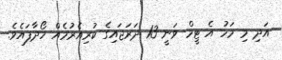
އަދި މި މަހު އެ ޓީމް ވަނީ 13 ދަރަޖައިގެ ކުރިއެރުމެއް ހޯދާފައެވެ.